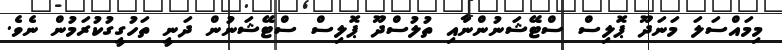
މިމައްސަލަ މަނަދޫ ޕޮލިސް ސްޓޭޝަނުންނާއި ތުލުސްދޫ ޕޮލިސް ސްޓޭޝަނުން ދަނީ ތަހުގީގުކުރަމުން ނެވެ.